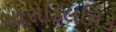
બારોકિલનિક